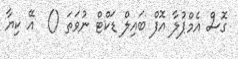
ގޮސް އެމްޕުލާ އޮފް ބައިލް ޑަކްޓް ނުވަތަ ()  އޭ ކިޔާ